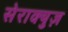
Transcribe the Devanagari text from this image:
सेराक्युज़